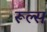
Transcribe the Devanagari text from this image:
रूल्‍स